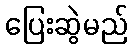
ပြေးဆွဲမည်